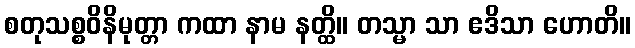
စတုသစ္စဝိနိမုတ္တာ ကထာ နာမ နတ္ထိ။ တသ္မာ သာ ဧဒိသာ ဟောတိ။